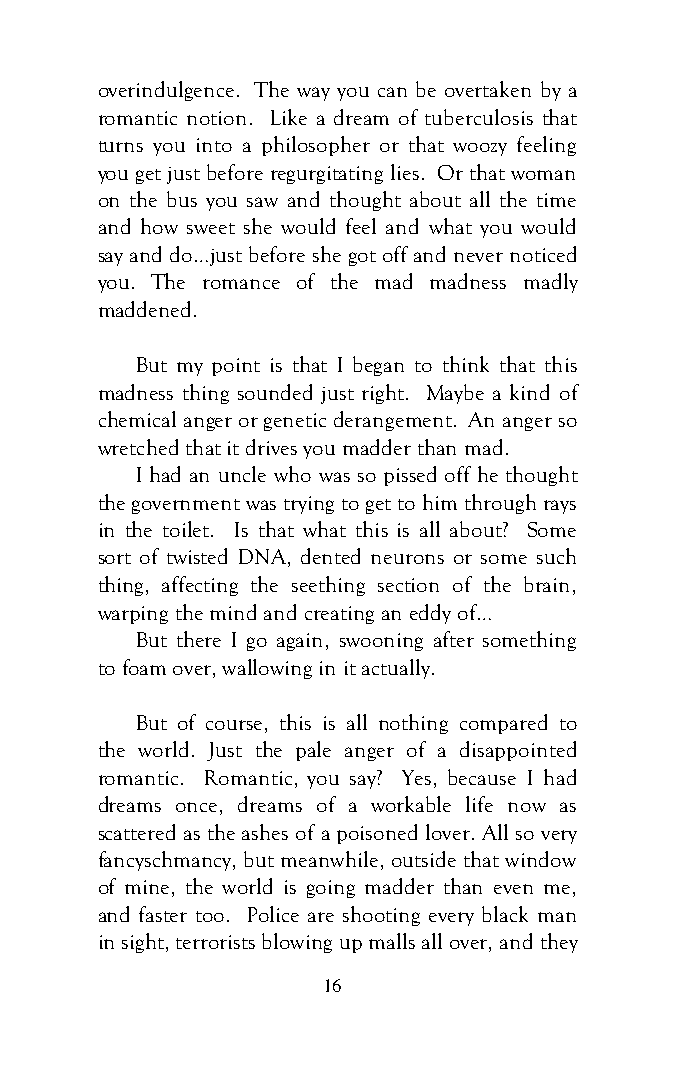
overindulgence. The way you can be overtaken by a
 romantic notion. Like a dream of tuberculosis that
 turns you into a philosopher or that woozy feeling
 you get just before regurgitating lies. Or that woman
 on the bus you saw and thought about all the time
 and how sweet she would feel and what you would
 say and do…just before she got off and never noticed
 you. The romance of the mad madness madly
 maddened.
 But my point is that I began to think that this
 madness thing sounded just right. Maybe a kind of
 chemical anger or genetic derangement. An anger so
 wretched that it drives you madder than mad.
 I had an uncle who was so pissed off he thought
 the government was trying to get to him through rays
 in the toilet. Is that what this is all about? Some
 sort of twisted DNA, dented neurons or some such
 thing, affecting the seething section of the brain,
 warping the mind and creating an eddy of…
 But there I go again, swooning after something
 to foam over, wallowing in it actually.
 But of course, this is all nothing compared to
 the world. Just the pale anger of a disappointed
 romantic. Romantic, you say? Yes, because I had
 dreams once, dreams of a workable life now as
 scattered as the ashes of a poisoned lover. All so very
 fancyschmancy, but meanwhile, outside that window
 of mine, the world is going madder than even me,
 and faster too. Police are shooting every black man
 in sight, terrorists blowing up malls all over, and they
 16